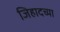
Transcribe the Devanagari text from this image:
जिहादच्या